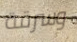
وسرقة